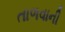
તાળવાની